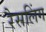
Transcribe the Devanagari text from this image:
रैसलिंग